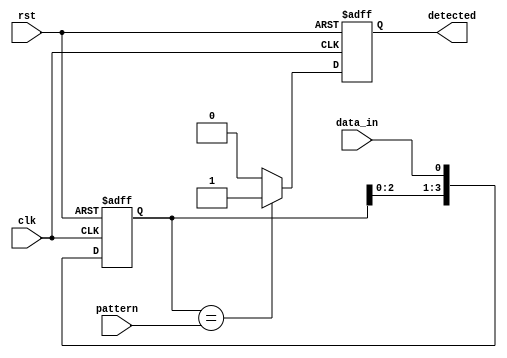
module pattern_detector #(parameter PATTERN_LENGTH = 4)(
    input wire clk,                     // Clock signal
    input wire rst,                     // Reset signal
    input wire data_in,                 // Input data stream
    input wire [PATTERN_LENGTH-1:0] pattern, // Predefined pattern to detect
    output reg detected                 // Output signal indicating detection
);

    // Flip-flops to store incoming data
    reg [PATTERN_LENGTH-1:0] shift_reg;
    
    // Detection logic
    always @(posedge clk or posedge rst) begin
        if (rst) begin
            shift_reg <= 0;            // Reset shift register
            detected <= 0;             // Reset detection flag
        end else begin
            shift_reg <= {shift_reg[PATTERN_LENGTH-2:0], data_in}; // Shift in new data
            
            // Compare stored data with the pattern
            if (shift_reg == pattern) begin
                detected <= 1;          // Set detected flag if match found
            end else begin
                detected <= 0;          // Reset detected flag if no match
            end
        end
    end

endmodule